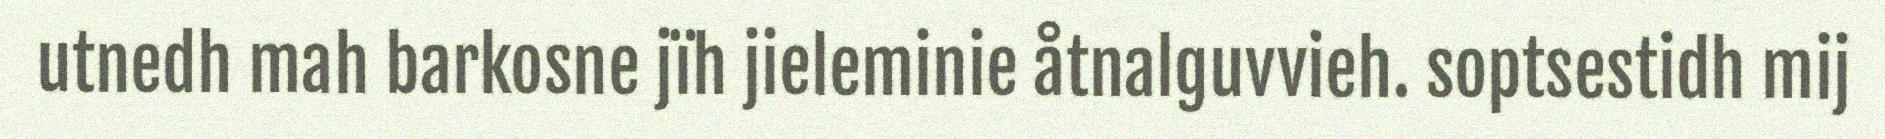
utnedh mah barkosne jïh jieleminie åtnalguvvieh. soptsestidh mij